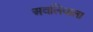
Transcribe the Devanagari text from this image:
अवलियाला